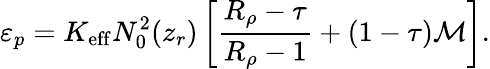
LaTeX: \varepsilon_{p}=K_{\mathrm{eff}}N_{0}^{2}(z_{r})\left[\frac{R_{\rho}-\tau}{R_{\rho}-1}+(1-\tau){\cal M}\right].